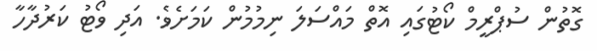
ގޮތުން ސުޕްރީމް ކޯޓުގައި އޮތް މައްސަލަ ނިމުމުން ކަމަށެވެ. އަދި ވޯޓު ކަރުދާހާ